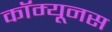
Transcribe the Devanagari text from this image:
कॉम्यूनस